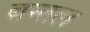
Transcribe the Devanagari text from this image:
बन्तल